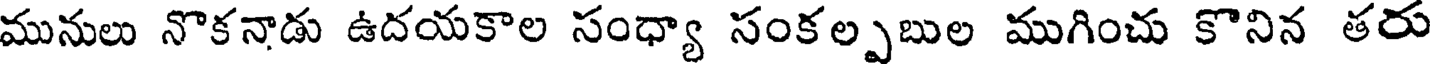
మునులు నొకనాడు ఉదయకాల సంధ్యా సంకల్పబుల ముగించు కొనిన తరు